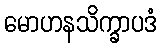
မောဟနသိက္ခာပဒံ